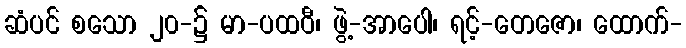
ဆံပင် စသော ၂၀-၌ မာ-ပထဝီ၊ ဖွဲ့-အာပေါ၊ ရင့်-တေဇော၊ ထောက်-